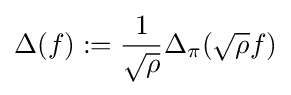
\Delta (f):={\frac {1}{\sqrt {\rho }}}\Delta _{\pi }({\sqrt {\rho }}f)